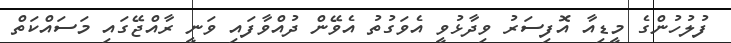
ފުލުހުންގެ މީޑިއާ އޮފިސަރު ވިދާޅުވީ އެވަގުތު އެވޭން ދުއްވާފައި ވަނީ ރާއްޖޭގައި މަސައްކަތް